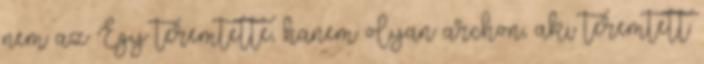
nem az Egy teremtette, hanem olyan archon, aki teremtett